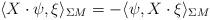
LaTeX: \begin{align*}\langle X\cdot\psi,\xi\rangle_{\Sigma M}=-\langle\psi,X\cdot\xi\rangle_{\Sigma M}\end{align*}